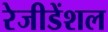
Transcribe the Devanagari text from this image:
रेजीडेंशल